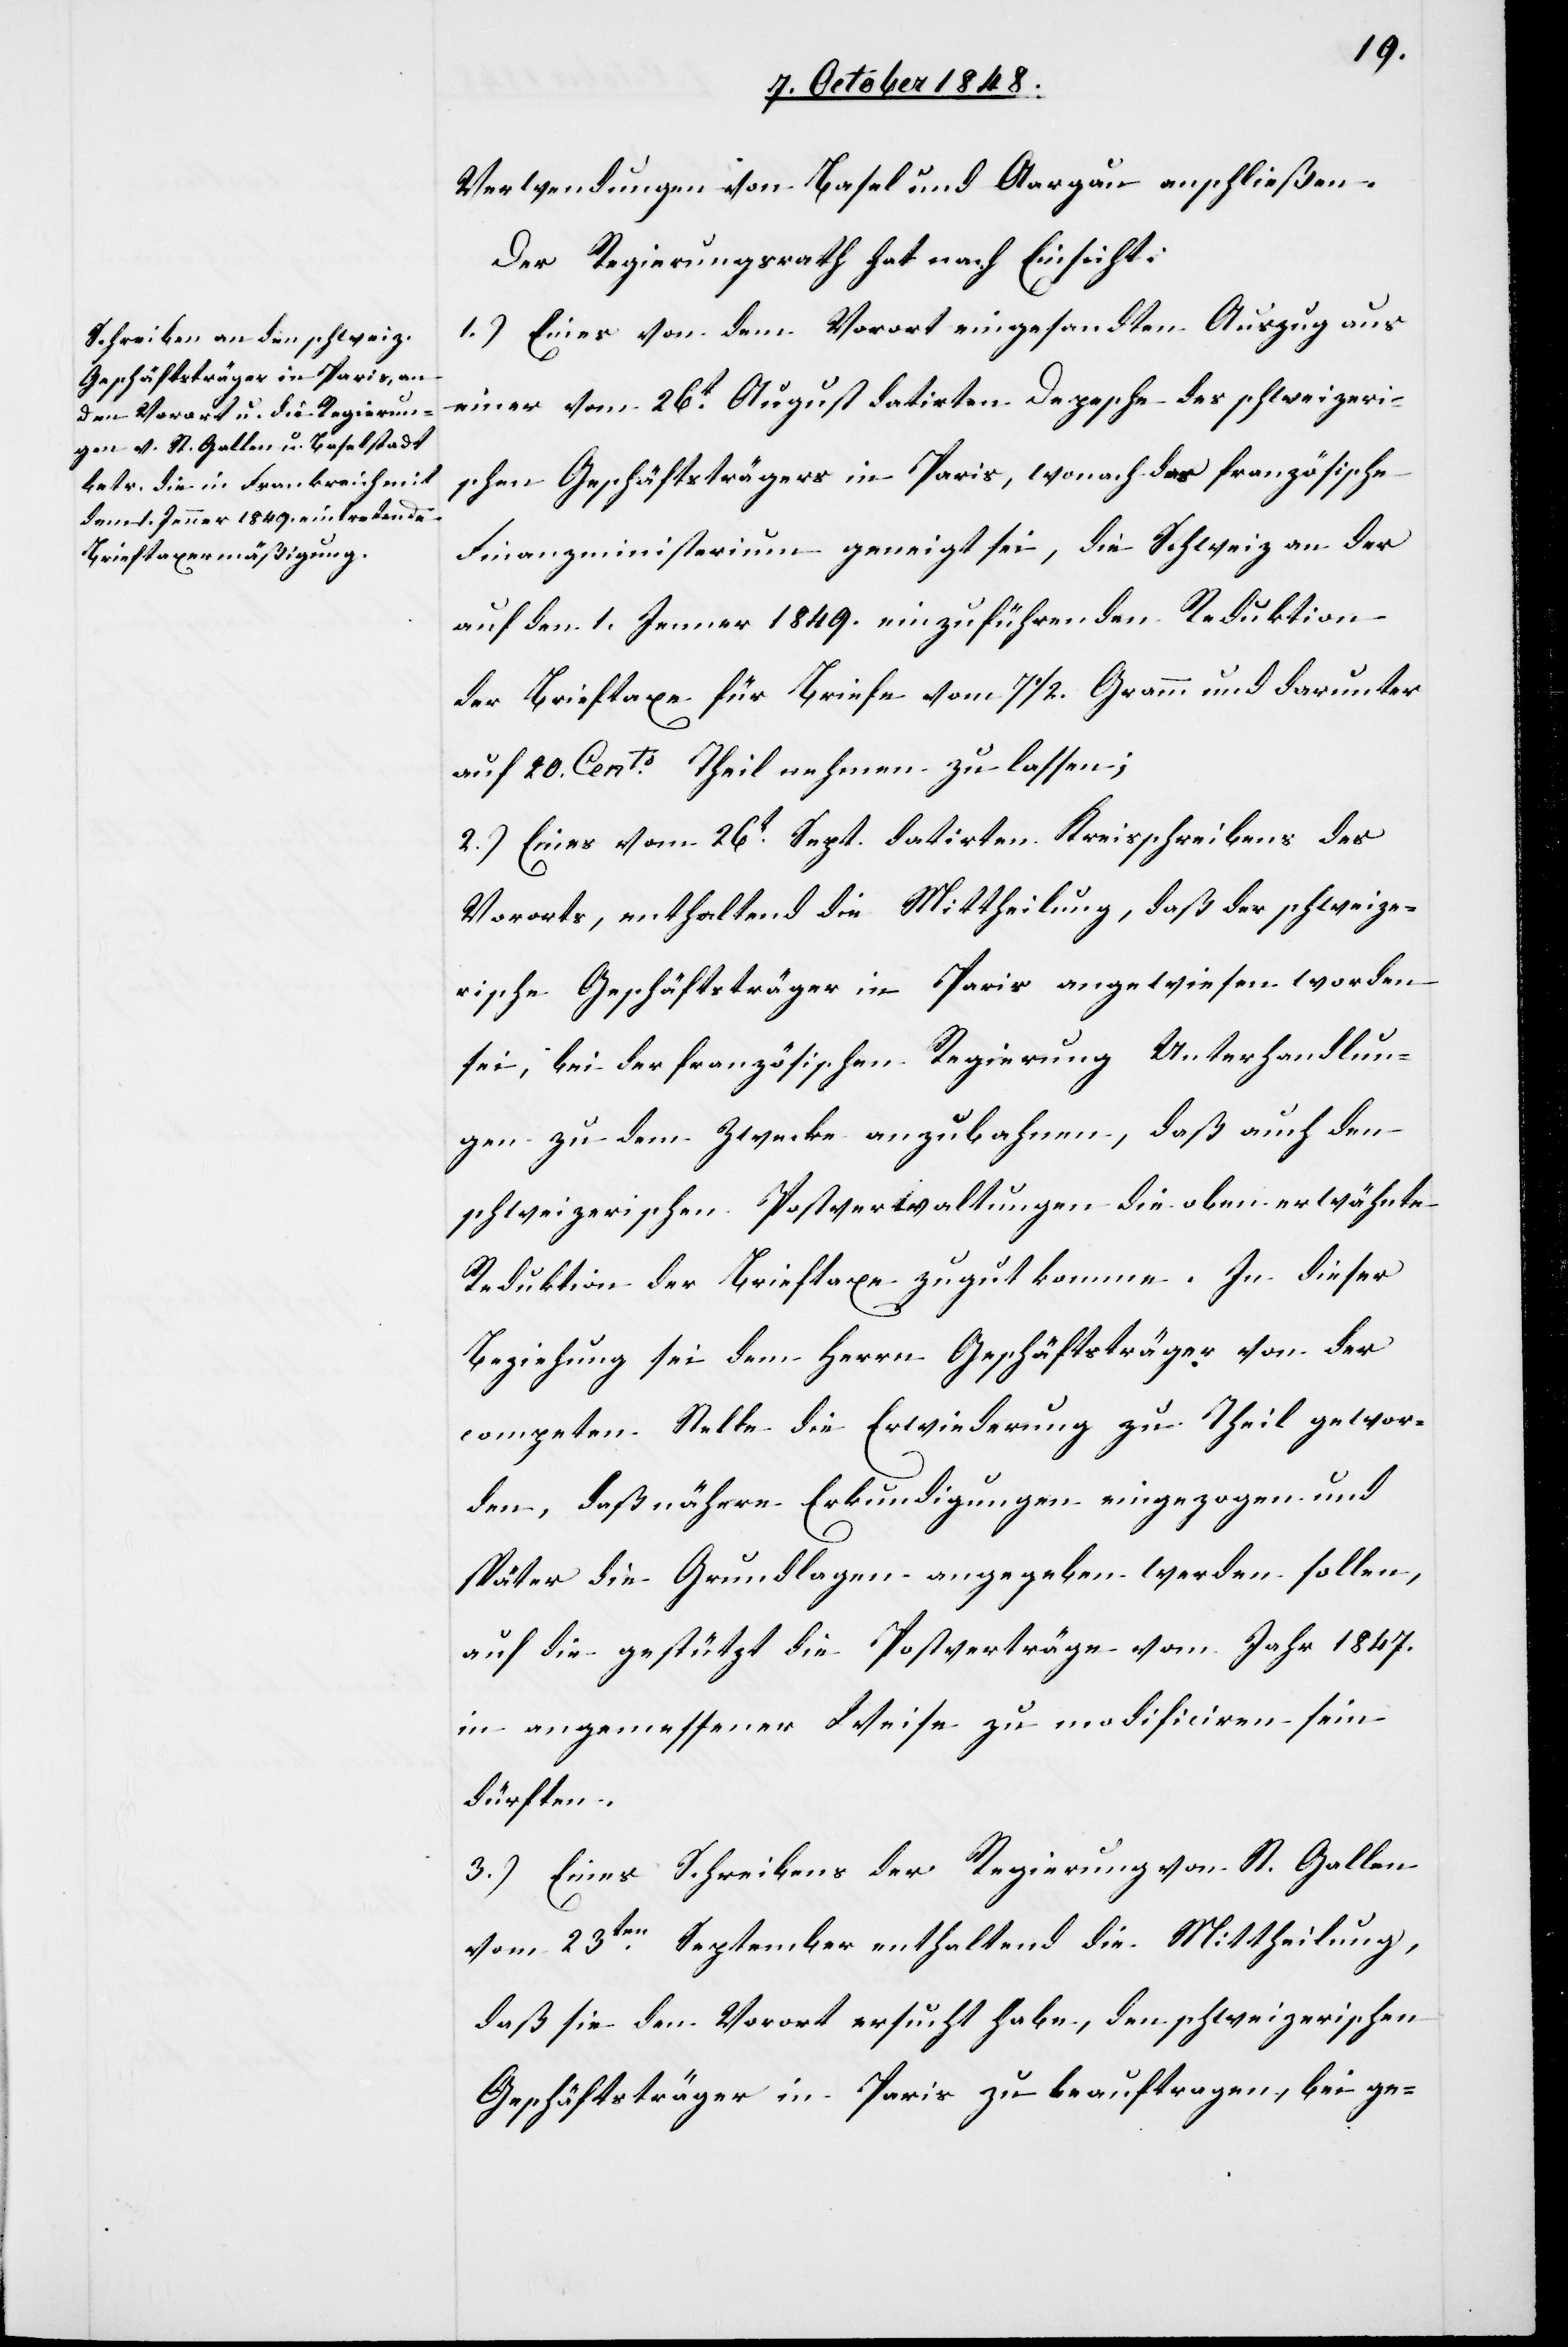
Verwendungen von Basel und Aargau anschließen.
Der Regierungsrath hat nach Einsicht:
1.) Eines von dem Vorort eingesandten Auszug aus
einer vom 26t. August datirten Depesche des schweizeris¬
chen Geschäftsträgers in Paris, wonach das französische
Finanzministerium geneigt sei, die Schweiz an der
auf den 1. Jenner 1849. einzuführenden Reduktion
der Brieftaxe für Briefe von 71/2. Gramm und darunter
auf 20. Cento Theil nehmen zu lassen;
2.) Eines vom 26t..Sept. datirten Kreisschreibens des
Vororts, enthaltend die Mittheilung, daß der schweize¬
rische Geschäftsträger in Paris angewiesen worden
sei, bei der französischen Regierung Unterhandlun¬
gen zu dem Zwecke anzubahnen, daß auch den
schweizerischen Postverwaltungen die oben erwähnte
Reduktion der Brieftaxe zugut komme. In dieser
Beziehung sei dem Herrn Geschäftsträger von der
competenten Stelle die Erwiederung zu Theil gewor¬
den, daß nähere Erkundigungen eingezogen und
später die Grundlagen angegeben werden sollen,
auf die gestützt die Postverträge vom Jahr 1847.
in angemessener Weise zu modificiren sein
dürften.
3.) Eines Schreibens der Regierung von St. Gallen
vom 23ten. September enthaltend die Mittheilung,
daß sie den Vorort ersucht habe, den schweizerischen
Geschäftsträger in Paris zu beauftragen, bei ge-